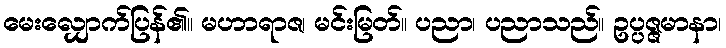
မေးလျှောက်ပြန်၏။ မဟာရာဇ၊ မင်းမြတ်။ ပညာ၊ ပညာသည်။ ဥပ္ပဇ္ဇမာနာ၊